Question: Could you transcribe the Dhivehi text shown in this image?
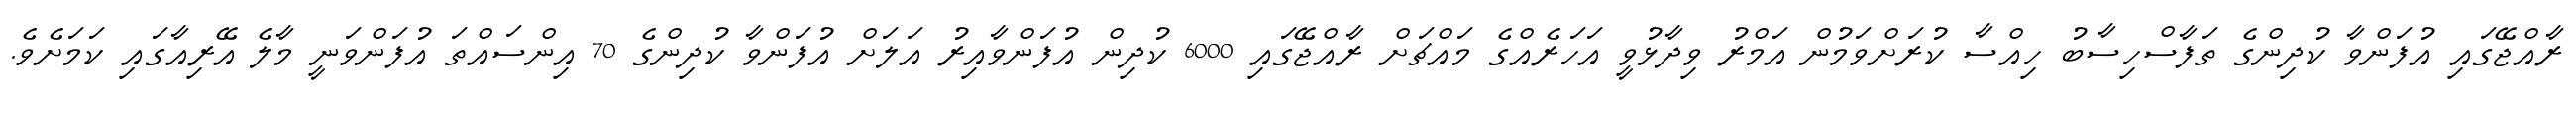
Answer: ރާއްޖޭގައި އުފަންވާ ކުދިންގެ ތަފާސްހިސާބު ހިއްސާ ކުރަށްވަމުން އަމްރު ވިދާޅުވީ އަހަރެއްގެ މައްޗަށް ރާއްޖޭގައި 6000 ކުދިން އުފަންވާއިރު އަލަށް އުފަންވާ ކުދިންގެ 70 އިންސައްތަ އުފަންވަނީ މާލެ އޭރިއާގައި ކަމަށެވެ.